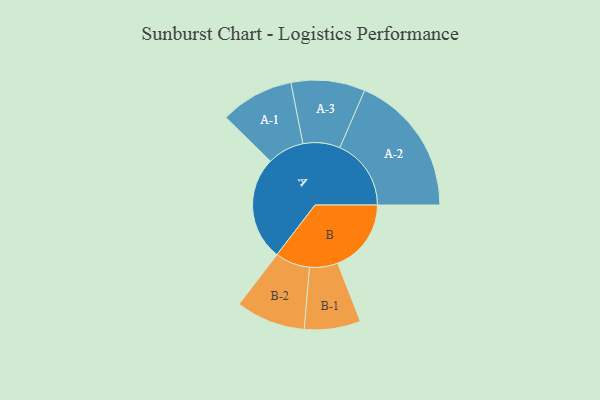
{"axis": {"x": "Segment", "y": "Value"}, "legend": ["", "A", "B"], "data": [{"x": "A", "y": 421, "type": ""}, {"x": "B", "y": 298, "type": ""}, {"x": "A-1", "y": 149, "type": "A"}, {"x": "A-2", "y": 289, "type": "A"}, {"x": "A-3", "y": 150, "type": "A"}, {"x": "B-1", "y": 114, "type": "B"}, {"x": "B-2", "y": 141, "type": "B"}]}